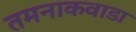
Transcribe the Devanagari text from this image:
तमनाकवाडा